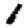
Digit: 1